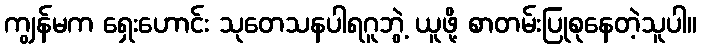
ကျွန်မက ရှေးဟောင်း သုတေသနပါရဂူဘွဲ့ ယူဖို့ စာတမ်းပြုစုနေတဲ့သူပါ။